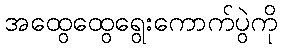
အထွေထွေရွေးကောက်ပွဲကို